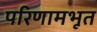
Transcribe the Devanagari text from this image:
परिणामभूत